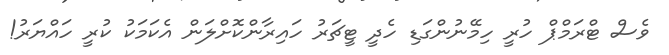
ވެސް ޓްރަމްޕް ހުރީ ހިމޭނުންގަޑި ހެދީ ޓީޗަރު ހައިރާންކޮށްލަން އެކަމަކު ކުރީ ހައްޔަރު!